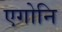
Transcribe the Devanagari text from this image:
एगोनि